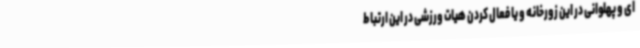
ای و پهلوانی در این زورخانه و یا فعال کردن هیات ورزشی در این ارتباط